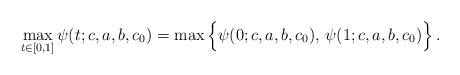
LaTeX: \begin{align*}\max_{t \in [0,1]} \psi(t;c,a,b,c_0)= \max\Big\{\psi(0;c,a,b,c_0), \, \psi(1; c,a,b,c_0)\Big\} \, .\end{align*}